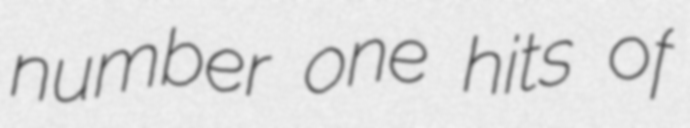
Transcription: number one hits of